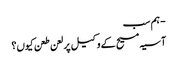
- ہم سب
آسیہ مسیح کے وکیل پر لعن طعن کیوں؟